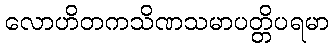
လောဟိတကသိဏသမာပတ္တိပရမာ